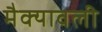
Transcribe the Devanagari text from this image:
मैक्यावली